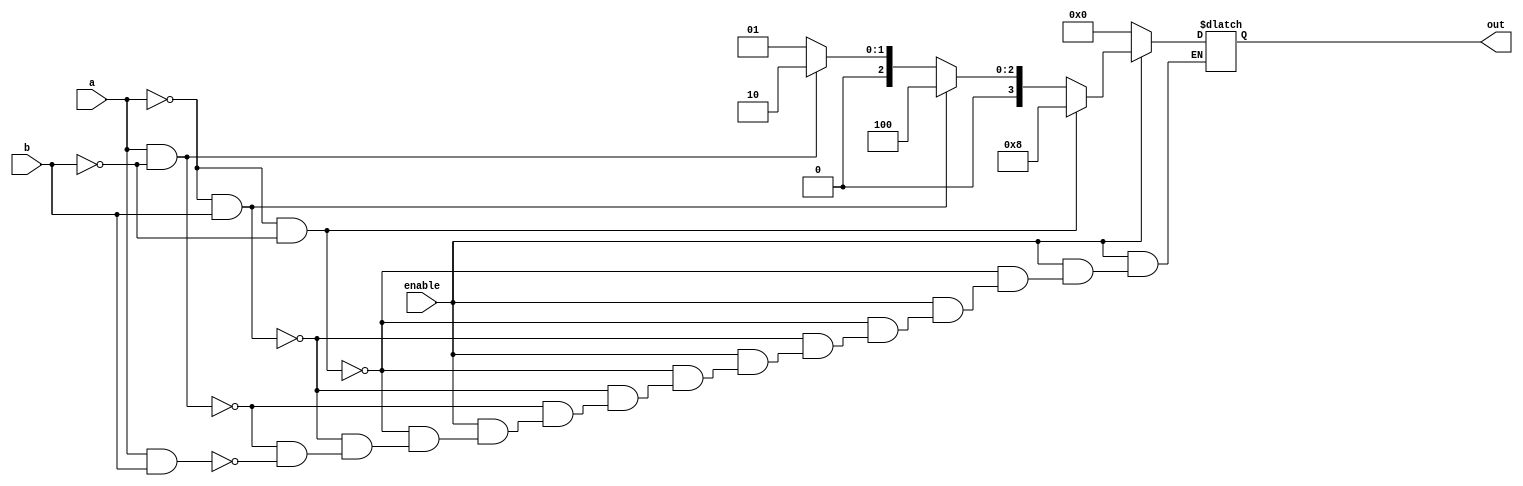
module decoder1(a,b,enable,out);

input a,b,enable;
output reg [3:0] out;

always @(enable or a or b)

	begin

		if(enable)
			begin
			if(a==1'b0 && b==1'b0)
				out = 4'b1000;
			else if(a==1'b0 && b==1'b1)
				out = 4'b0100 ;
			else if(a==1'b1 && b==1'b0)
				out = 4'b0010;
			else if(a==1'b1 && b==1'b1)
				out = 4'b0001;
			end
		else
			out = 4'b0000;
	end

endmodule